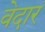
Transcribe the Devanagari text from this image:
वेदार